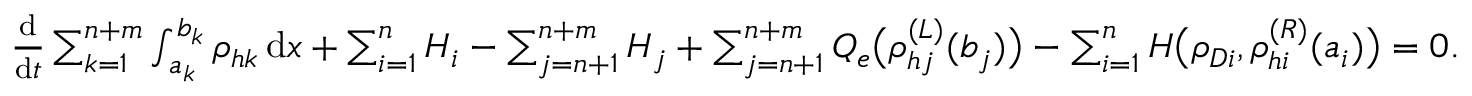
\begin{array} { r } { \frac { \mathrm { d } } { \mathrm { d } t } \sum _ { k = 1 } ^ { n + m } \int _ { a _ { k } } ^ { b _ { k } } \rho _ { h k } \, \mathrm { d } x + \sum _ { i = 1 } ^ { n } H _ { i } - \sum _ { j = n + 1 } ^ { n + m } H _ { j } + \sum _ { j = n + 1 } ^ { n + m } Q _ { e } \big ( \rho _ { h j } ^ { ( L ) } ( b _ { j } ) \big ) - \sum _ { i = 1 } ^ { n } H \big ( \rho _ { D i } , \rho _ { h i } ^ { ( R ) } ( a _ { i } ) \big ) = 0 . } \end{array}